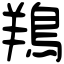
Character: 鴹